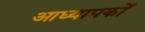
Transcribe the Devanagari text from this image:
आध्यापकों